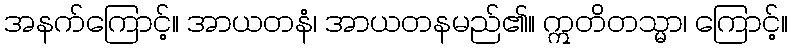
အနက်ကြောင့်။ အာယတနံ၊ အာယတနမည်၏။ ဣတိတသ္မာ၊ ကြောင့်။